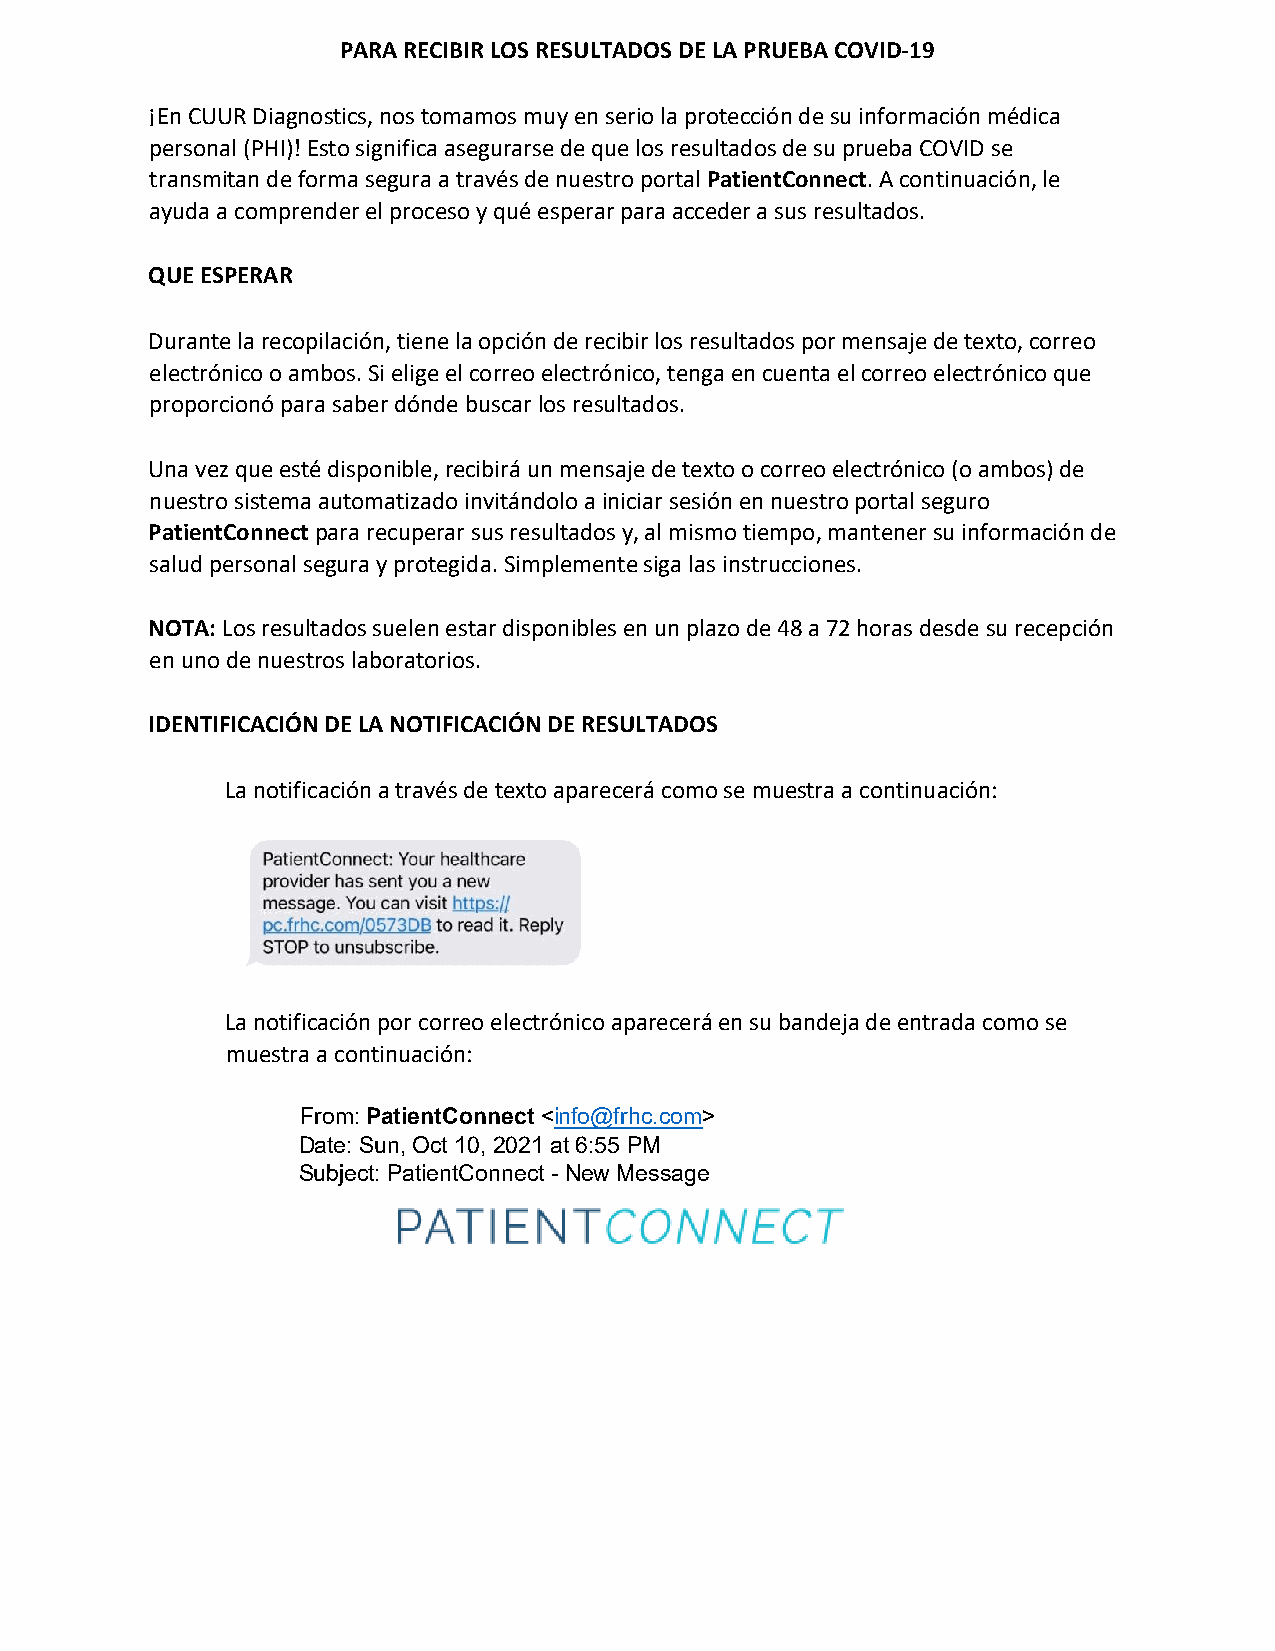
PARA RECIBIR LOS RESULTADOS DE LA PRUEBA COVID-19
 ¡En CUUR Diagnostics, nos tomamos muy en serio la protección de su información médica
 personal (PHI)! Esto significa asegurarse de que los resultados de su prueba COVID se
 transmitan de forma segura a través de nuestro portal PatientConnect. A continuación, le
 ayuda a comprender el proceso y qué esperar para acceder a sus resultados.
 QUE ESPERAR
 Durante la recopilación, tiene la opción de recibir los resultados por mensaje de texto, correo
 electrónico o ambos. Si elige el correo electrónico, tenga en cuenta el correo electrónico que
 proporcionó para saber dónde buscar los resultados.
 Una vez que esté disponible, recibirá un mensaje de texto o correo electrónico (o ambos) de
 nuestro sistema automatizado invitándolo a iniciar sesión en nuestro portal seguro
 PatientConnect para recuperar sus resultados y, al mismo tiempo, mantener su información de
 salud personal segura y protegida. Simplemente siga las instrucciones.
 NOTA: Los resultados suelen estar disponibles en un plazo de 48 a 72 horas desde su recepción
 en uno de nuestros laboratorios.
 IDENTIFICACIÓN DE LA NOTIFICACIÓN DE RESULTADOS
 La notificación a través de texto aparecerá como se muestra a continuación:
 La notificación por correo electrónico aparecerá en su bandeja de entrada como se
 muestra a continuación:
 From: PatientConnect <info@frhc.com>
 Date: Sun, Oct 10, 2021 at 6:55 PM
 Subject: PatientConnect - New Message